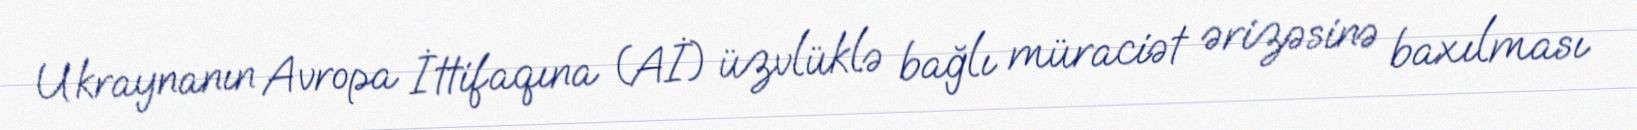
Ukraynanın Avropa İttifaqına (Aİ) üzvlüklə bağlı müraciət ərizəsinə baxılması